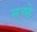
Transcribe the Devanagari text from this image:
सच्छे